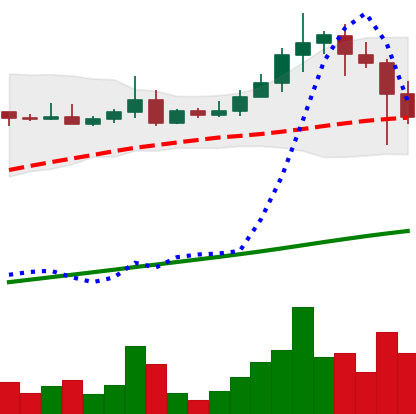
Ticker: ADA-USD
Chart end date: 2021-04-19
Forward return: -8.064%
Label: down_7plus